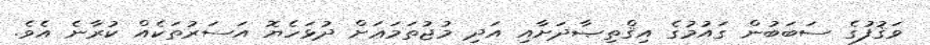
ވަޤުފުގެ ސަބަބުން ގައުމުގެ އިޤްތިޞާދަށާއި އަދި މުޖުތަމަޢަށް ދުޅަހެޔޮ އަސަރުތަކެއް ކުރާނެ އެވެ.